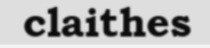
claithes